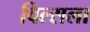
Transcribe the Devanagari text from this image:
विल्सला